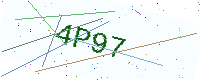
Text: 4P97